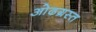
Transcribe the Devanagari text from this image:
ओढग्रस्त